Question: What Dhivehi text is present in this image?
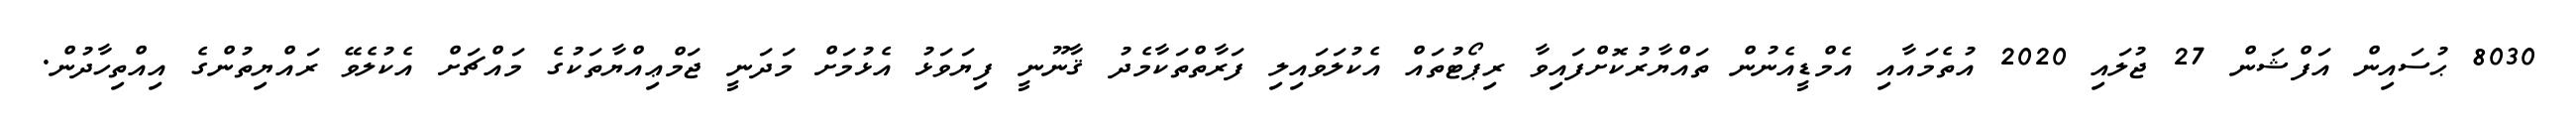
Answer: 8030 ޙުސައިން އަފްޝަން 27 ޖުލައި 2020 އުތެމައާއި އެމްޑީއެނުން ތައްޔާރުކޮށްފައިވާ ރިޕޯޓުތައް އެކުލަވައިލި ފަރާތްތަކާމެދު ޤާނޫނީ ފިޔަވަޅު އެޅުމަށް މަދަނީ ޖަމްޢިއްޔާތަކުގެ މައްޗަށް އެކުލެވޭ ރައްޔިތުންގެ އިއްތިހާދުން.